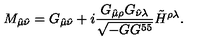
M _ { \hat { \mu } \hat { \nu } } = G _ { \hat { \mu } \hat { \nu } } + i { \frac { G _ { \hat { \mu } \rho } G _ { \hat { \nu } \lambda } } { \sqrt { - G G ^ { 5 5 } } } } \tilde { H } ^ { \rho \lambda } .